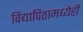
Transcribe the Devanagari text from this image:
विद्यापिठामध्येही